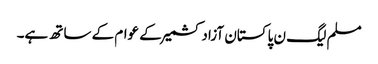
مسلم لیگ ن پاکستان آزادکشمیر کے عوام کے ساتھ ہے۔